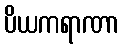
ပိယကရာဏာ